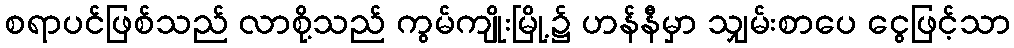
စရာပင်ဖြစ်သည် လာစို့သည် ကွမ်ကျိုးမြို့၌ ဟန်နီမှာ သျှမ်းစာပေ ငွေဖြင့်သာ